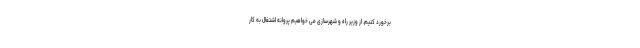
برخورد کنیم. از وزیر راه و شهرسازی می خواهیم پروانه اشتغال به کار